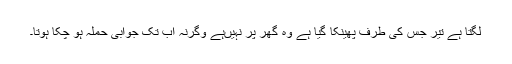
لگتا ہے تیر جس کی طرف پھینکا گیا ہے وہ گھر پر نہیں‌ہے وگرنہ اب تک جوابی حملہ ہو چکا ہوتا۔